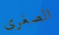
الصغرى